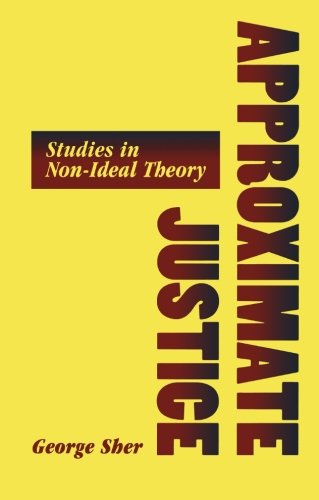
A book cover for Approximate Justice; George Sher; Politics & Social Sciences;